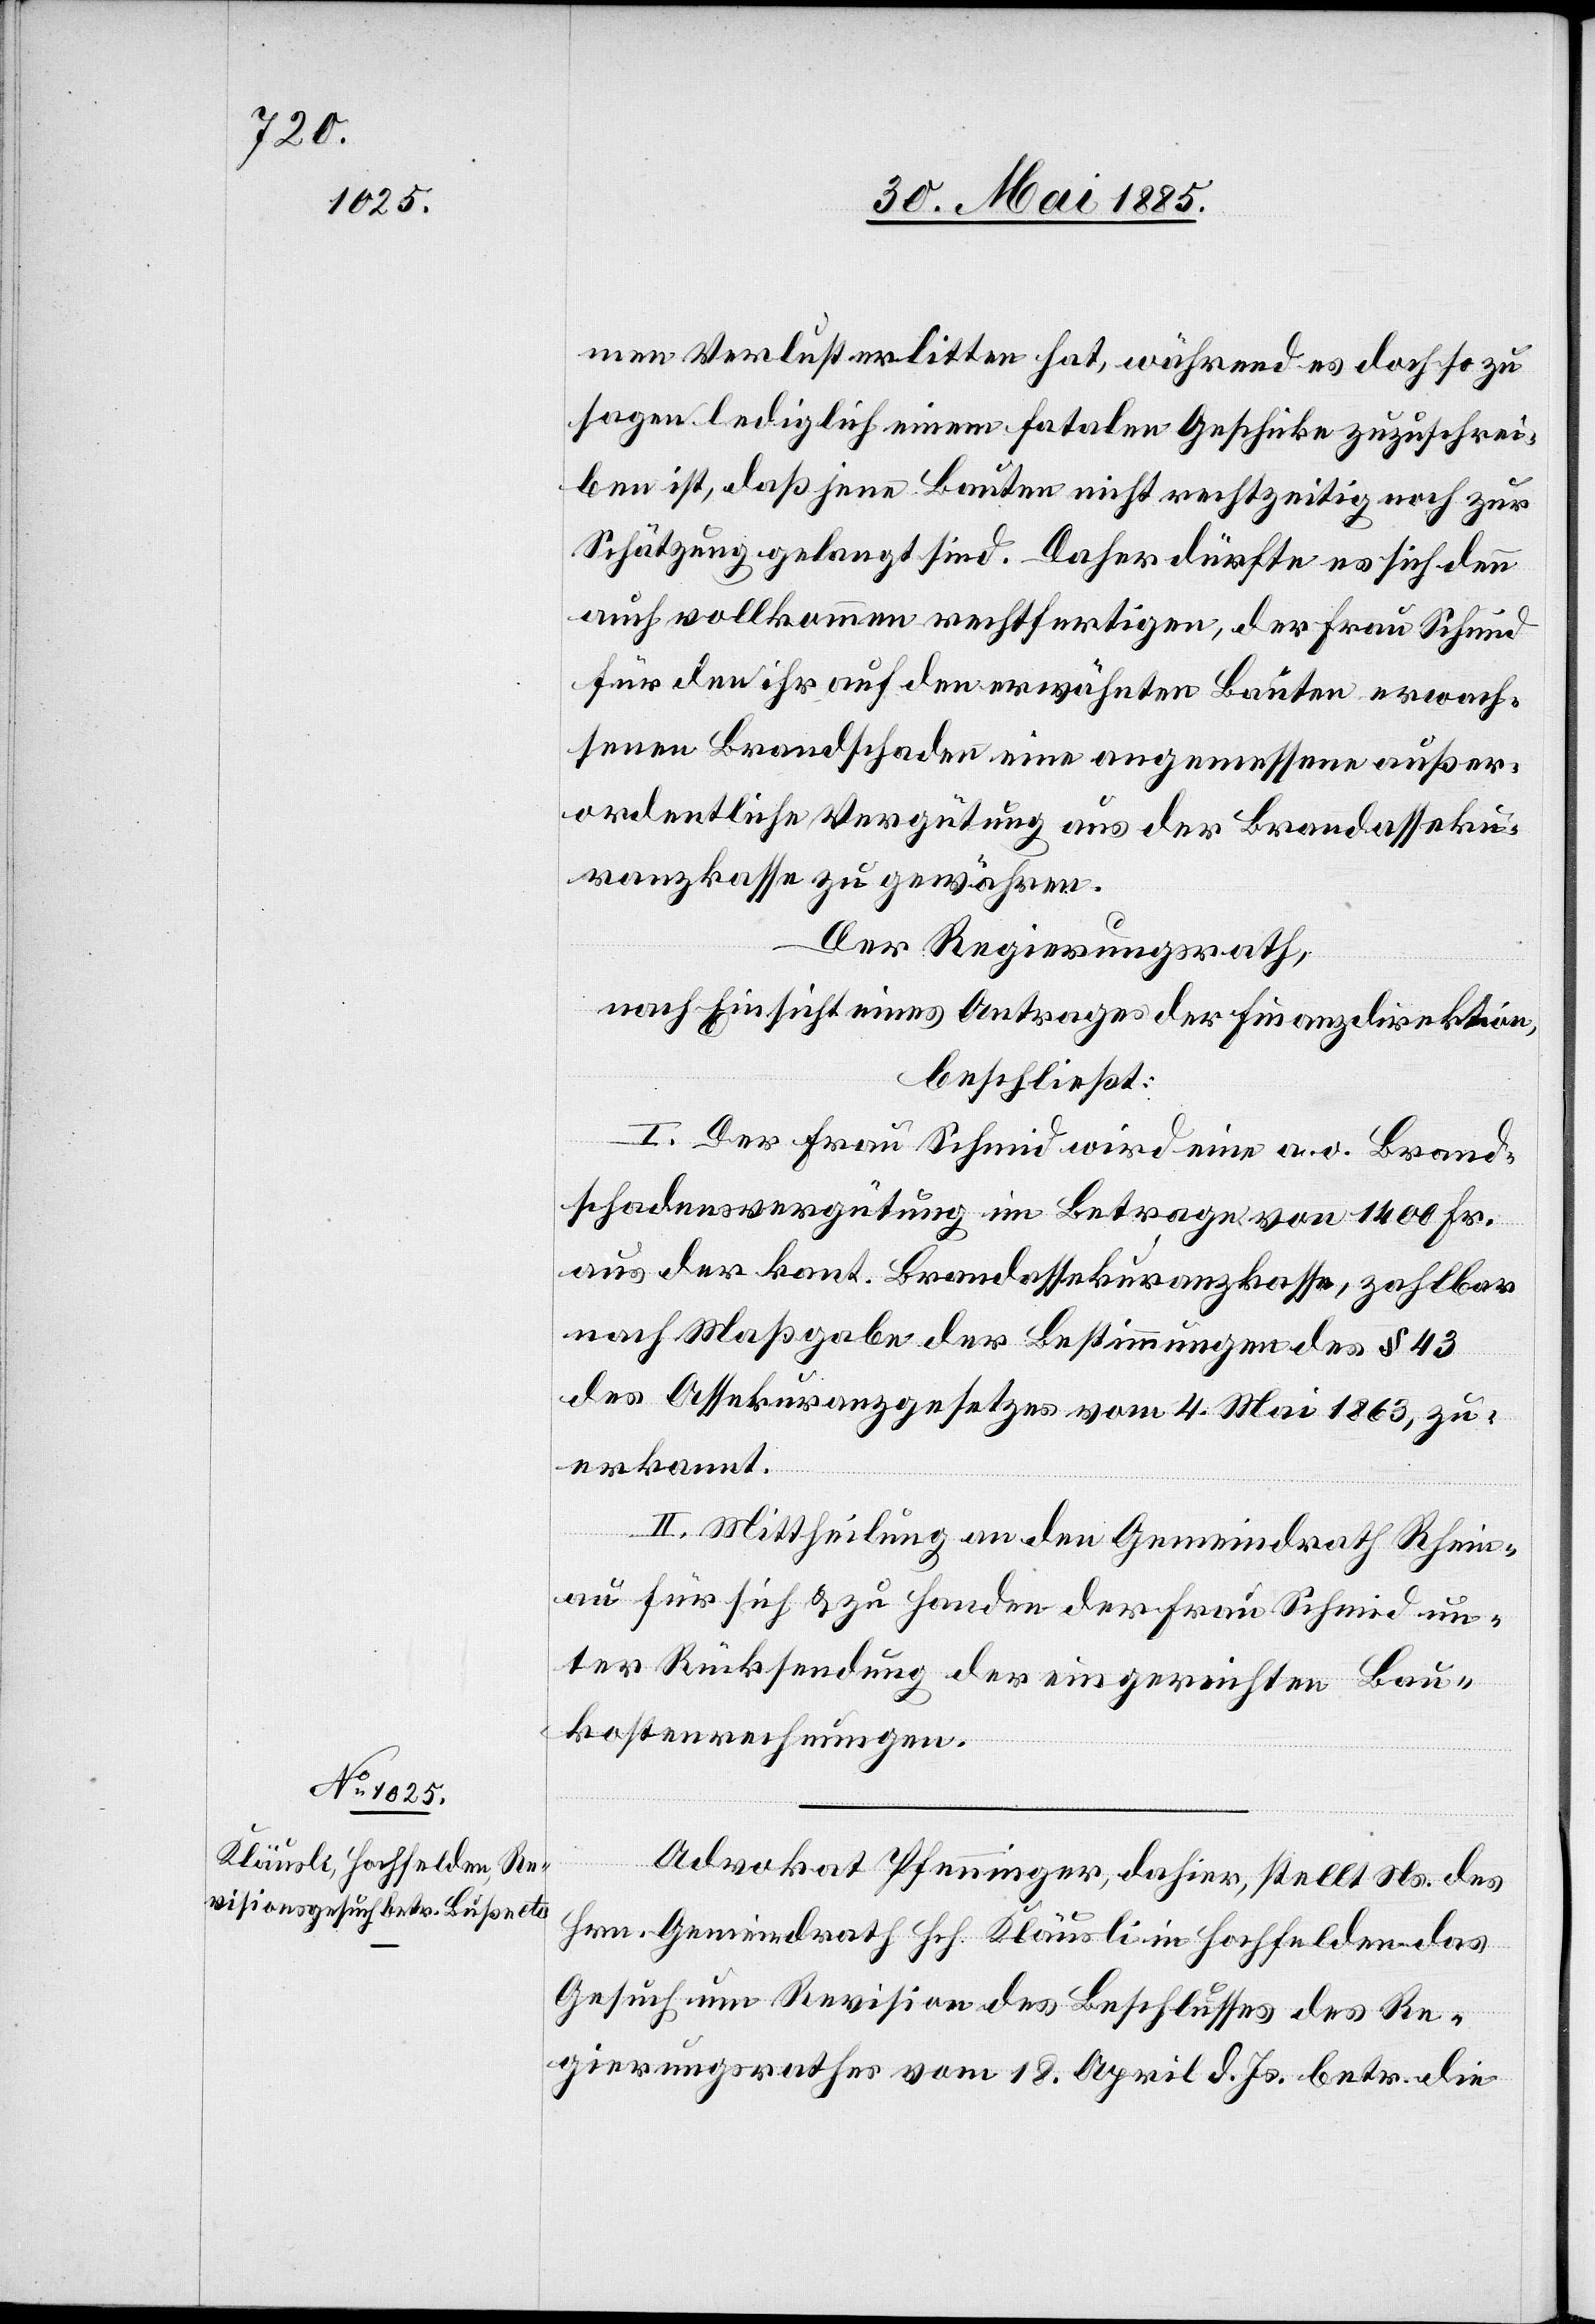
men Verlust erlitten hat, während es doch so zu
sagen lediglich einem fatalen Geschicke zuzuschrei¬
ben ist, daß jene Bauten nicht rechtzeitig noch zur
Schätzung gelangt sind. Daher dürfte es sich denn
auch vollkommen rechtfertigen, der Frau Schmid
für den ihr auf den erwähnten Bauten erwach¬
senen Brandschaden eine angemessene außer¬
ordentliche Vergütung aus der Brandasseku¬
ranzkasse zu gewähren.
Der Regierungsrath,
nach Einsicht eines Antrages der Finanzdirektion,
beschließt:
I. Der Frau Schmid wird eine a. o. Brand¬
schadensvergütung im Betrage von 1400 Fr.
aus der kant. Brandassekuranzkasse, zahlbar
nach Maßgabe der Bestimmungen des § 43
des Assekuranzgesetzes vom 4. Mai 1863, zu¬
erkannt.
II. Mittheilung an den Gemeindrath Rhein¬
au für sich & zu Handen der Frau Schmid un¬
ter Rücksendung der eingereichten Bau¬
kostenrechnungen.
Advokat Pfenninger, dahier, stellt Ns. des
Hrn. Gemeindrath Hch. Kläusli in Hochfelden das
Gesuch um Revision des Beschlusses des Re¬
gierungsrathes vom 18. April d. Js. betr. die